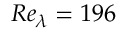
R e _ { \lambda } = 1 9 6